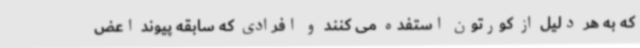
که به هر دلیل از کورتون استفده می کنند و افرادی که سابقه پیوند اعض